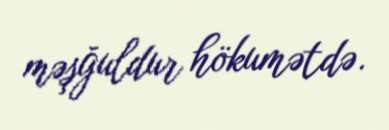
məşğuldur hökumətdə.